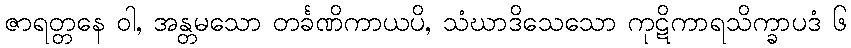
ဇာရတ္တနေ ဝါ, အန္တမသော တင်္ခဏိကာယပိ, သံဃာဒိသေသော ကုဋိကာရသိက္ခာပဒံ ၆